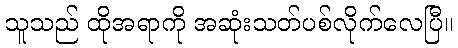
သူသည် ထိုအရာကို အဆုံးသတ်ပစ်လိုက်လေပြီ။